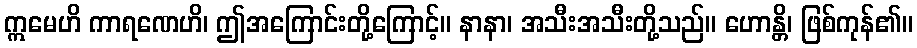
ဣမေဟိ ကာရဏေဟိ၊ ဤအကြောင်းတို့ကြောင့်။ နာနာ၊ အသီးအသီးတို့သည်။ ဟောန္တိ၊ ဖြစ်ကုန်၏။